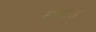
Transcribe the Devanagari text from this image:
माचरा